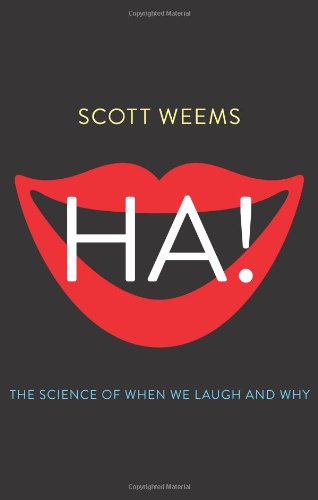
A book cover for Ha!: The Science of When We Laugh and Why; Scott Weems; Humor & Entertainment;